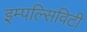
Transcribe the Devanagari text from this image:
इम्पल्सिविटी